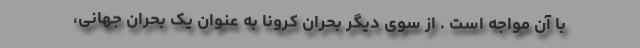
با آن مواجه است . از سوی دیگر بحران کرونا به عنوان یک بحران جهانی،